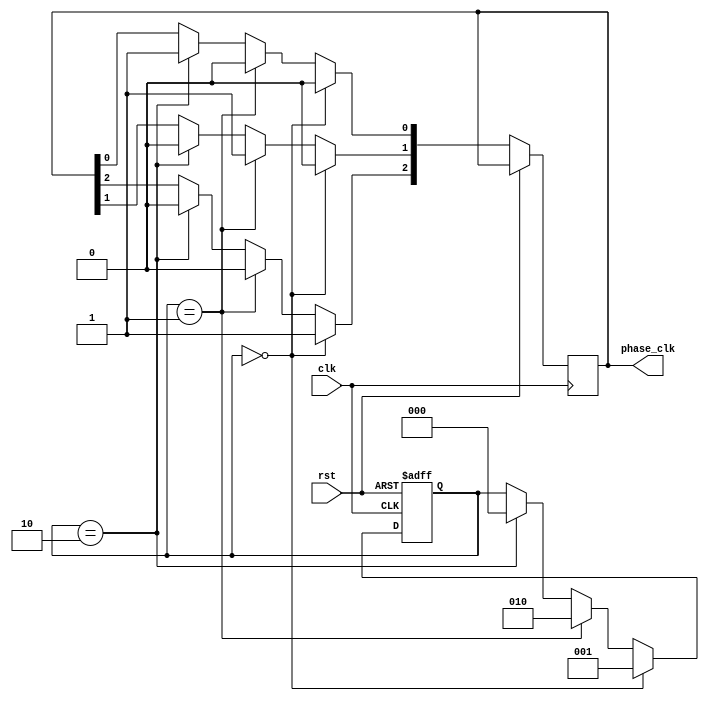
module multi_phase_clock_divider (
    input wire clk,
    input wire rst,
    output wire [0:2] phase_clk
);

reg [2:0] counter;

always @(posedge clk or posedge rst) begin
    if (rst) begin
        counter <= 3'b000;
    end else begin
        if (counter == 3'b000) begin
            phase_clk[0] <= 1'b1;
            phase_clk[1] <= 1'b0;
            phase_clk[2] <= 1'b0;
            counter <= 3'b001;
        end else if (counter == 3'b001) begin
            phase_clk[0] <= 1'b0;
            phase_clk[1] <= 1'b1;
            phase_clk[2] <= 1'b0;
            counter <= 3'b010;
        end else if (counter == 3'b010) begin
            phase_clk[0] <= 1'b0;
            phase_clk[1] <= 1'b0;
            phase_clk[2] <= 1'b1;
            counter <= 3'b000;
        end
    end
end

endmodule